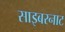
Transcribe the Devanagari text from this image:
साइबरनाट